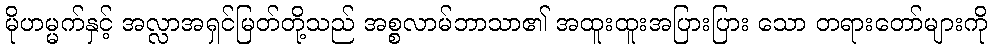
မိုဟမ္မက်နှင့် အလ္လာအရှင်မြတ်တို့သည် အစ္စလာမ်ဘာသာ၏ အထူးထူးအပြားပြား သော တရားတော်များကို